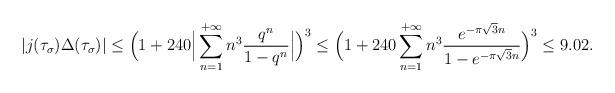
LaTeX: \begin{align*}\vert j(\tau_\sigma) \Delta(\tau_\sigma)\vert\leq \Big(1+240\Big\vert\sum_{n=1}^{+\infty}n^3\frac{q^n}{1-q^n}\Big\vert\Big)^3\leq \Big(1+240\sum_{n=1}^{+\infty}n^3\frac{e^{-\pi \sqrt{3} n}}{1-e^{-\pi\sqrt{3} n}}\Big)^3\leq 9.02.\end{align*}